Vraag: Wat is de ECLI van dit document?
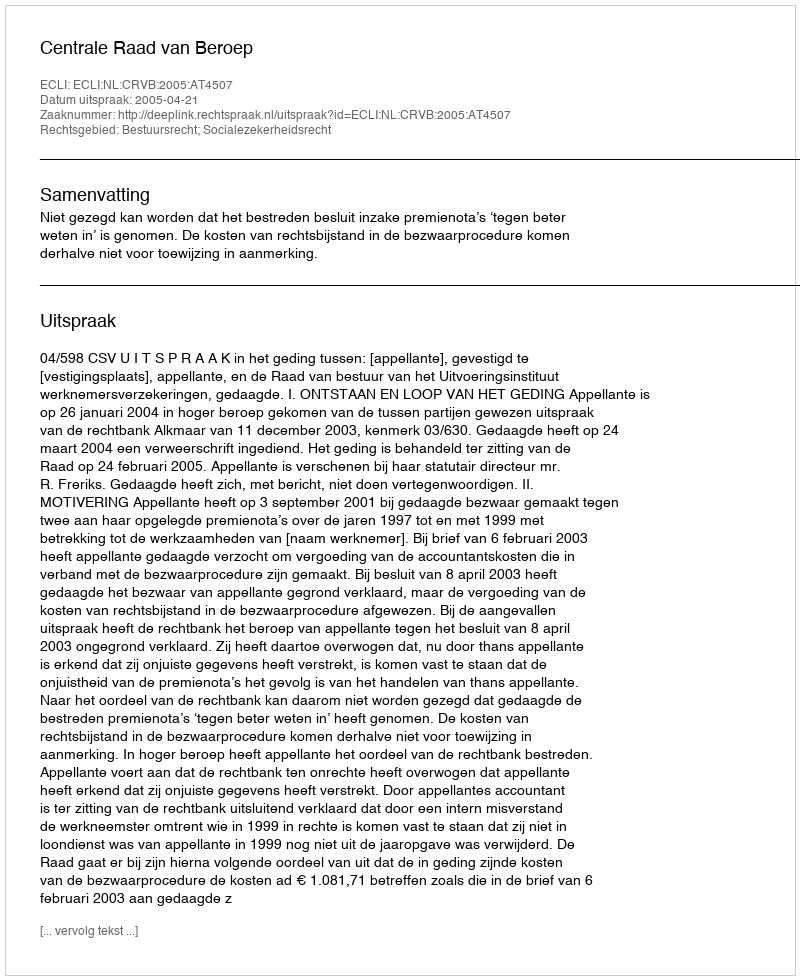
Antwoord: ECLI:NL:CRVB:2005:AT4507